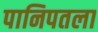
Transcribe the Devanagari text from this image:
पानिपतला